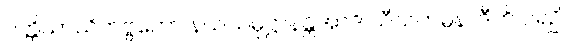
ပတ္တိယာယိတဗ္ဗကော နယသမုဋ္ဌာနန္တိအာဒိ သီသကမ္ပနာဒီဟိ ပရဉှိ